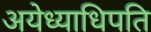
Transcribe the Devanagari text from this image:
अयेध्याधिपति